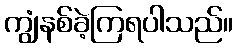
ကျွံနစ်ခဲ့ကြရပါသည်။